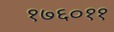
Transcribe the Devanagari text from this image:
१७६०११